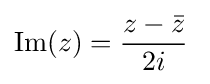
\mathrm {Im} (z)={\frac {z-{\bar {z}}}{2i}}\;